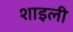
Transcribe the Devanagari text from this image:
शाइली